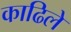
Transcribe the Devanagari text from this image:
काढिले